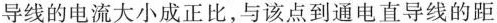
导线的电流大小成正比，与该点到通电直导线的距